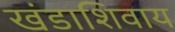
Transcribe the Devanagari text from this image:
खंडाशिवाय